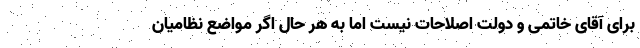
برای آقای خاتمی و دولت اصلاحات نیست اما به‌ هر حال اگر مواضع نظامیان